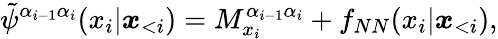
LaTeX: \tilde{\psi}^{\alpha_{i-1}\alpha_{i}}(x_{i}|\boldsymbol x_{<i})=M_{x_{i}}^{\alpha_{i-1}\alpha_{i}}+f_{NN}(x_{i}|\boldsymbol x_{<i}),